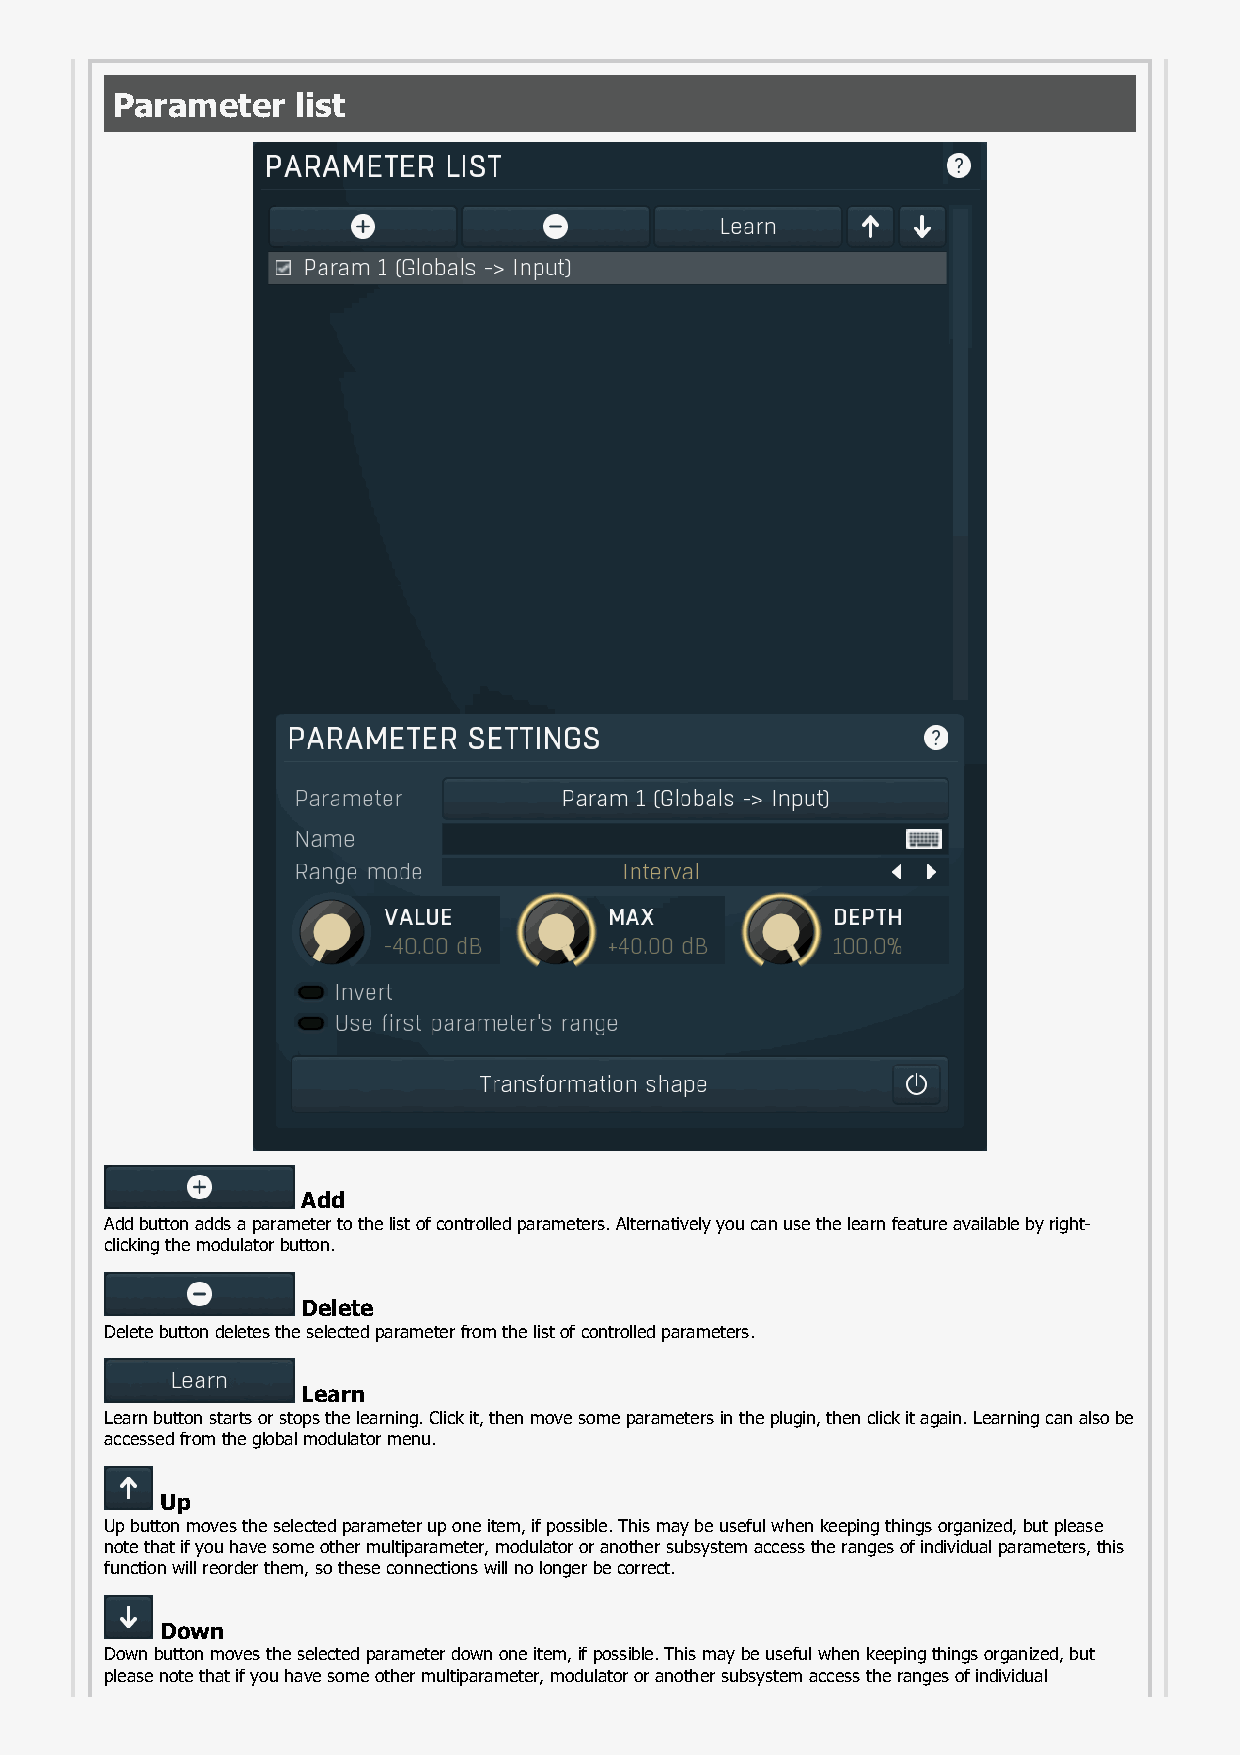
Parameter    list
 Add
 Add button adds a parameter to the list of controlled parameters. Alternatively you can use the learn feature available by right-
 clicking the modulator button.
 Delete
 Delete button deletes the selected parameter from the list of controlled parameters.
 Learn
 Learn button starts or stops the learning. Click it, then move some parameters in the plugin, then click it again. Learning can also be
 accessed from the global modulator menu.
 Up
 Up button moves the selected parameter up one item, if possible. This may be useful when keeping things organized, but please
 note that if you have some other multiparameter, modulator or another subsystem access the ranges of individual parameters, this
 function will reorder them, so these connections will no longer be correct.
 Down
 Down button moves the selected parameter down one item, if possible. This may be useful when keeping things organized, but
 please note that if you have some other multiparameter, modulator or another subsystem access the ranges of individual